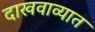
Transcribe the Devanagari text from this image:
दाखवाव्यात